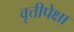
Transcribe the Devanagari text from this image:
वृत्तीपेक्षा